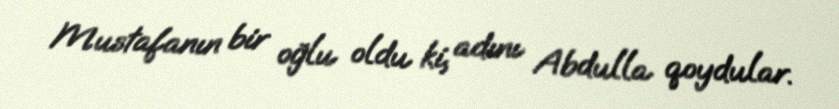
Mustafanın bir oğlu oldu ki, adını Abdulla qoydular.